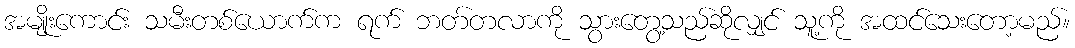
အမျိုးကောင်း သမီးတစ်ယောက်က ရက် ဘတ်တလာကို သွားတွေ့သည်ဆိုလျှင် သူ့ကို အထင်သေးတော့မည်။